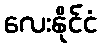
လေးနိုင်ငံ